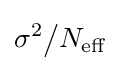
{\sigma ^{2}}{\big /}N_{\text{eff}}